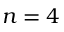
n = 4